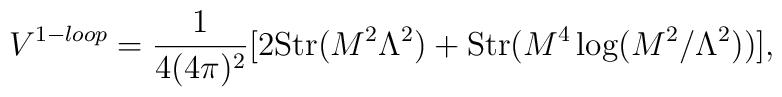
V^{1-loop} = \frac{1}{4(4\pi)^2}[2 {\rm Str}(M^2\Lambda^2)+{\rm Str}(M^4\log(M^2/\Lambda^2))],